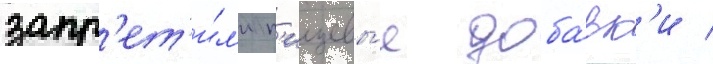
запр'ет'и́л'и п'ищевы́е доба́вк'и /